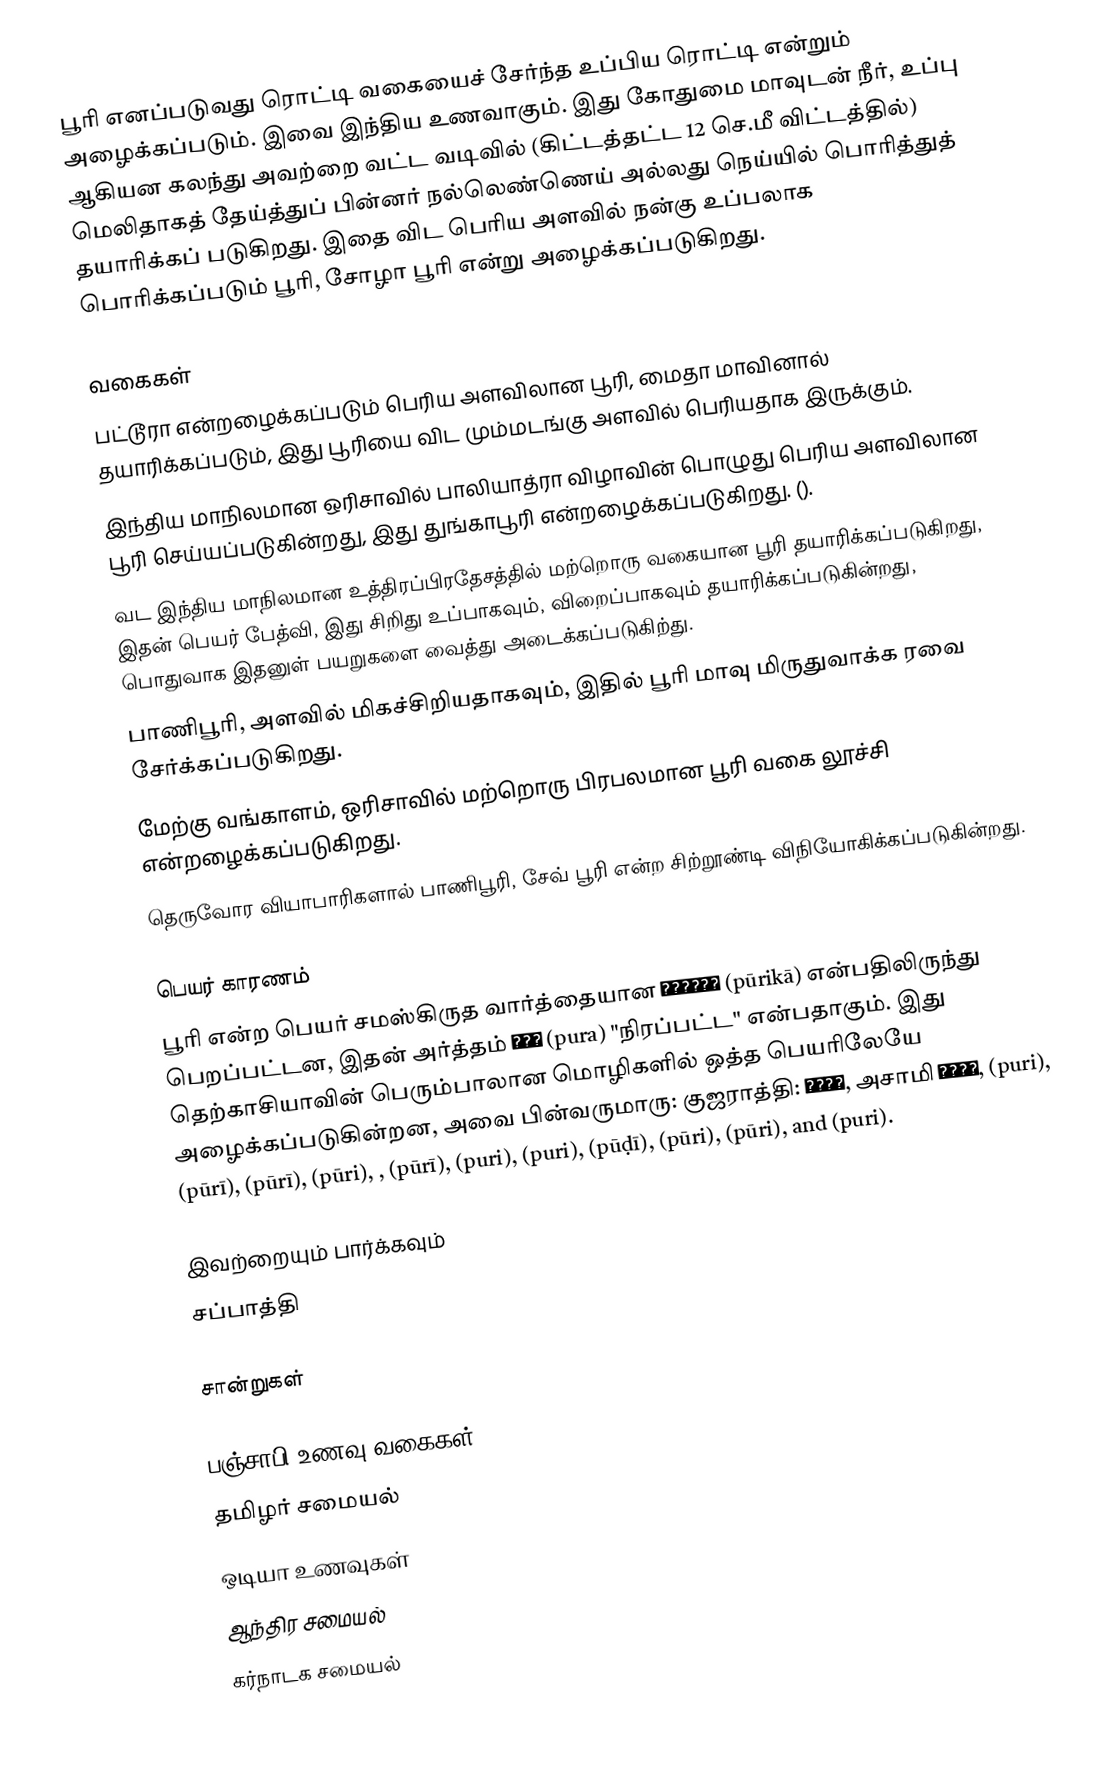
பூரி எனப்படுவது ரொட்டி வகையைச் சேர்ந்த உப்பிய ரொட்டி என்றும் அழைக்கப்படும். இவை இந்திய உணவாகும். இது கோதுமை மாவுடன் நீர், உப்பு ஆகியன கலந்து அவற்றை வட்ட வடிவில் (கிட்டத்தட்ட 12 செ.மீ விட்டத்தில்) மெலிதாகத் தேய்த்துப் பின்னர் நல்லெண்ணெய் அல்லது நெய்யில் பொரித்துத் தயாரிக்கப் படுகிறது. இதை விட பெரிய அளவில் நன்கு உப்பலாக பொரிக்கப்படும் பூரி, சோழா பூரி என்று அழைக்கப்படுகிறது.

வகைகள்
 பட்டூரா என்றழைக்கப்படும் பெரிய அளவிலான பூரி, மைதா மாவினால் தயாரிக்கப்படும், இது பூரியை விட மும்மடங்கு அளவில் பெரியதாக இருக்கும்.
 இந்திய மாநிலமான ஒரிசாவில் பாலியாத்ரா விழாவின் பொழுது பெரிய அளவிலான பூரி செய்யப்படுகின்றது, இது துங்காபூரி என்றழைக்கப்படுகிறது. ().
 வட இந்திய மாநிலமான உத்திரப்பிரதேசத்தில் மற்றொரு வகையான பூரி தயாரிக்கப்படுகிறது, இதன் பெயர் பேத்வி, இது சிறிது உப்பாகவும், விறைப்பாகவும் தயாரிக்கப்படுகின்றது, பொதுவாக இதனுள் பயறுகளை வைத்து அடைக்கப்படுகிற்து.
 பாணிபூரி, அளவில் மிகச்சிறியதாகவும், இதில் பூரி மாவு மிருதுவாக்க ரவை சேர்க்கப்படுகிறது.
 மேற்கு வங்காளம், ஒரிசாவில் மற்றொரு பிரபலமான பூரி வகை லூச்சி என்றழைக்கப்படுகிறது.
 தெருவோர வியாபாரிகளால் பாணிபூரி, சேவ் பூரி என்ற சிற்றூண்டி விநியோகிக்கப்படுகின்றது.

பெயர் காரணம்
பூரி என்ற பெயர் சமஸ்கிருத வார்த்தையான पूरिका (pūrikā) என்பதிலிருந்து பெறப்பட்டன, இதன் அர்த்தம்  पुर (pura) "நிரப்பட்ட" என்பதாகும். இது தெற்காசியாவின் பெரும்பாலான மொழிகளில் ஒத்த பெயரிலேயே அழைக்கப்படுகின்றன, அவை பின்வருமாரு: குஜராத்தி: પૂરી, அசாமி পুৰি, (puri),  (pūrī),  (pūrī),   (pūri), ,  (pūrī),  (puri),  (puri),  (pūḍī),  (pūri),  (pūri), and  (puri).

இவற்றையும் பார்க்கவும்
 சப்பாத்தி

சான்றுகள்

பஞ்சாபி உணவு வகைகள்
தமிழர் சமையல்
ஒடியா உணவுகள்
ஆந்திர சமையல்
கர்நாடக சமையல்